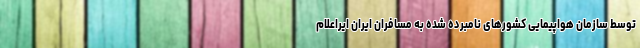
توسط سازمان هواپیمایی کشورهای نامبرده شده به مسافران ایران ایراعلام